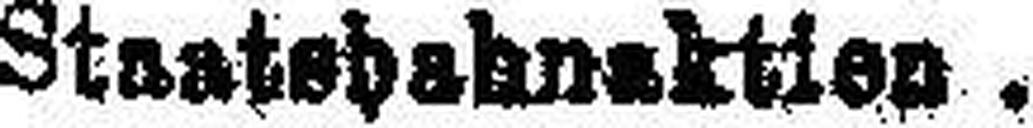
Staatsbahnaktien